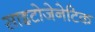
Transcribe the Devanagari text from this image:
साइटोजेनेटिक